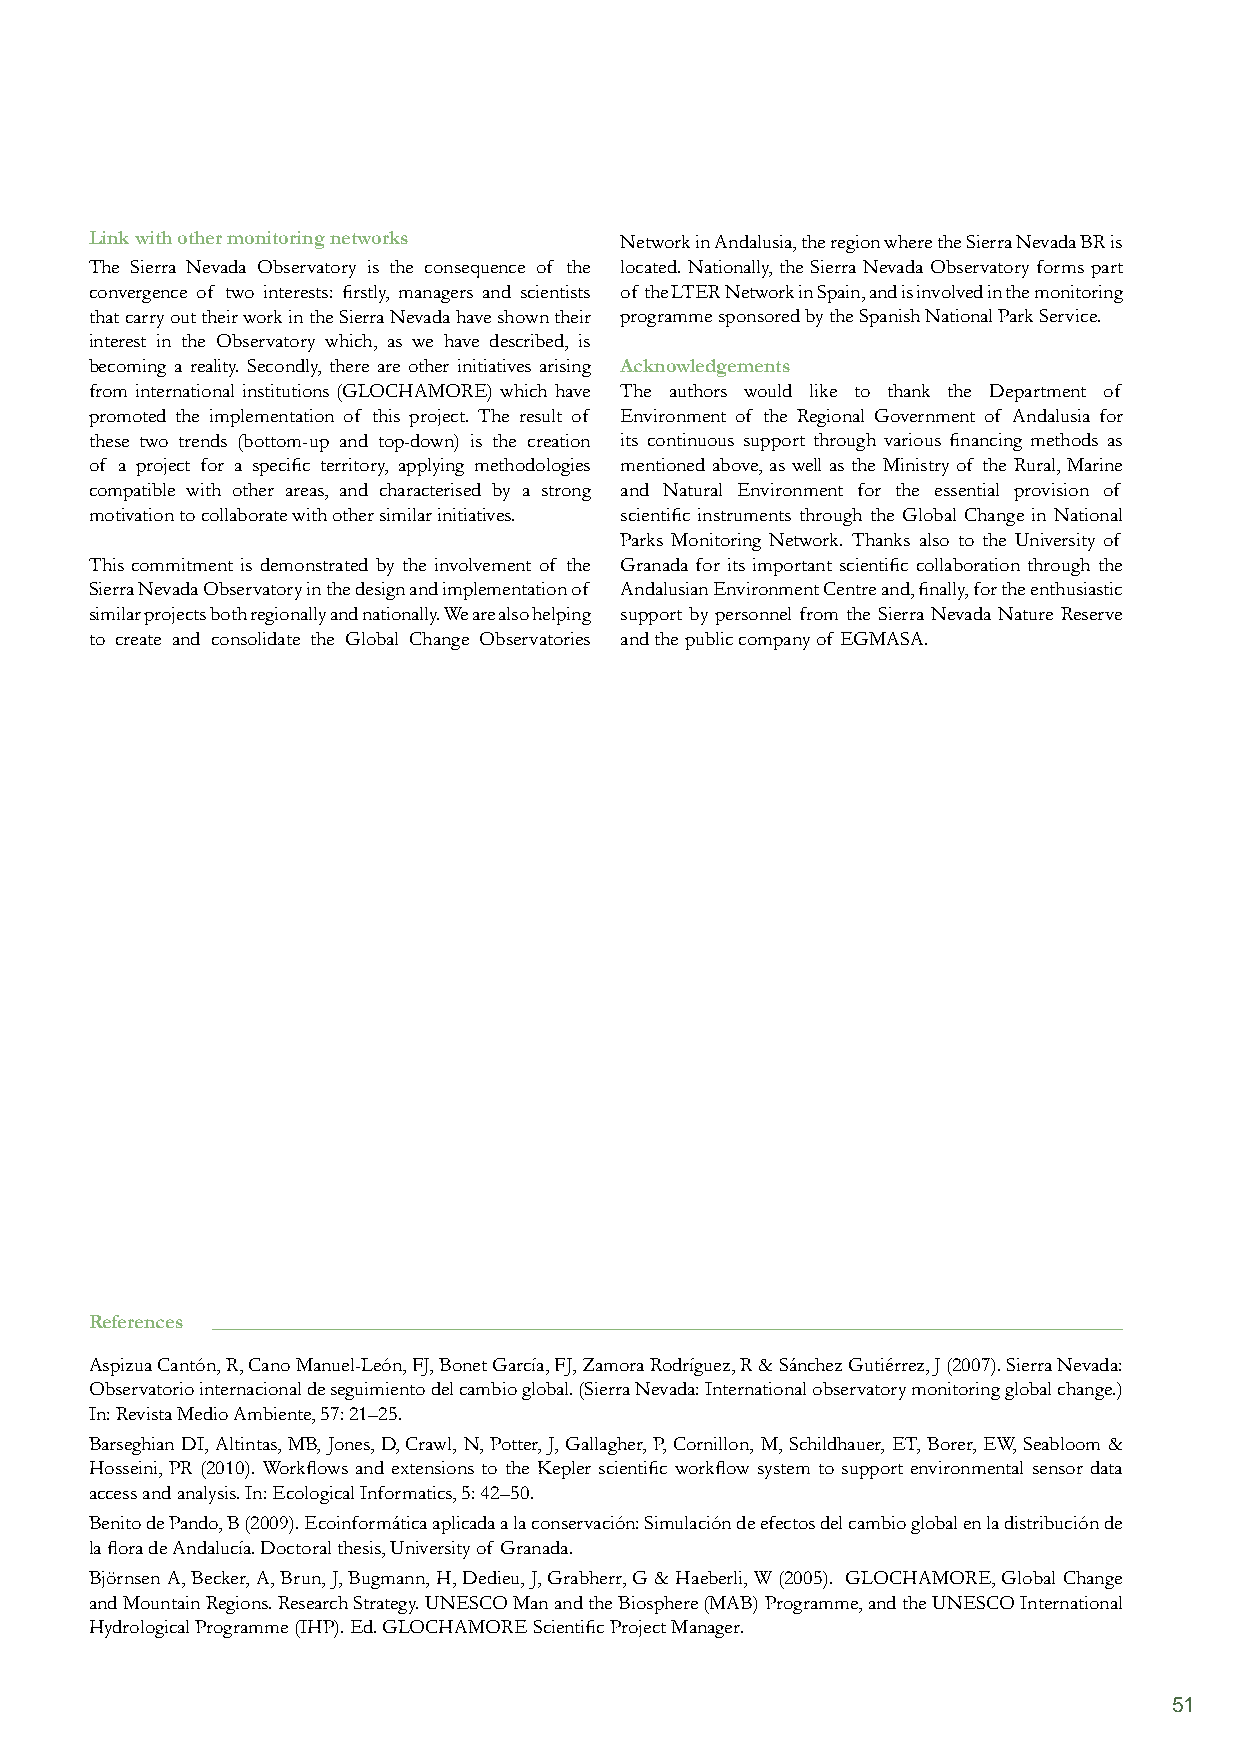
Link with other monitoring networks Network in Andalusia, the region where the Sierra Nevada BR is
 The Sierra Nevada Observatory is the consequence of the located. Nationally, the Sierra Nevada Observatory forms part
 convergence of two interests: firstly, managers and scientists of the LTER Network in Spain, and is involved in the monitoring
 that carry out their work in the Sierra Nevada have shown their programme sponsored by the Spanish National Park Service.
 interest in the Observatory which, as we have described, is
 becoming a reality. Secondly, there are other initiatives arising Acknowledgements
 from international institutions (GLOCHAMORE) which have The authors would like to thank the Department of
 promoted the implementation of this project. The result of Environment of the Regional Government of Andalusia for
 these two trends (bottom-up and top-down) is the creation its continuous support through various financing methods as
 of a project for a specific territory, applying methodologies mentioned above, as well as the Ministry of the Rural, Marine
 compatible with other areas, and characterised by a strong and Natural Environment for the essential provision of
 motivation to collaborate with other similar initiatives. scientific instruments through the Global Change in National
 Parks Monitoring Network. Thanks also to the University of
 This commitment is demonstrated by the involvement of the Granada for its important scientific collaboration through the
 Sierra Nevada Observatory in the design and implementation of Andalusian Environment Centre and, finally, for the enthusiastic
 similar projects both regionally and nationally. We are also helping support by personnel from the Sierra Nevada Nature Reserve
 to create and consolidate the Global Change Observatories and the public company of EGMASA.
 References
 Aspizua Cantón, R, Cano Manuel-León, FJ, Bonet García, FJ, Zamora Rodríguez, R & Sánchez Gutiérrez, J (2007). Sierra Nevada:
 Observatorio internacional de seguimiento del cambio global. (Sierra Nevada: International observatory monitoring global change.)
 In: Revista Medio Ambiente, 57: 21–25.
 Barseghian DI, Altintas, MB, Jones, D, Crawl, N, Potter, J, Gallagher, P, Cornillon, M, Schildhauer, ET, Borer, EW, Seabloom &
 Hosseini, PR (2010). Workflows and extensions to the Kepler scientific workflow system to support environmental sensor data
 access and analysis. In: Ecological Informatics, 5: 42–50.
 Benito de Pando, B (2009). Ecoinformática aplicada a la conservación: Simulación de efectos del cambio global en la distribución de
 la flora de Andalucía. Doctoral thesis, University of Granada.
 Björnsen A, Becker, A, Brun, J, Bugmann, H, Dedieu, J, Grabherr, G & Haeberli, W (2005). GLOCHAMORE, Global Change
 and Mountain Regions. Research Strategy. UNESCO Man and the Biosphere (MAB) Programme, and the UNESCO International
 Hydrological Programme (IHP). Ed. GLOCHAMORE Scientific Project Manager.
 51